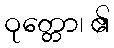
ဝုတ္တော၊ ၏